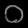
Digit: ၀